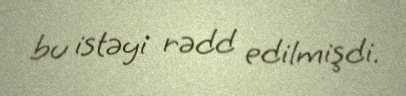
bu istəyi rədd edilmişdi.